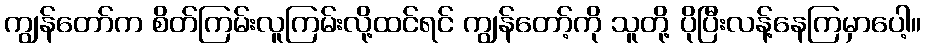
ကျွန်တော်က စိတ်ကြမ်းလူကြမ်းလို့ထင်ရင် ကျွန်တော့်ကို သူတို့ ပိုပြီးလန့်နေကြမှာပေါ့။